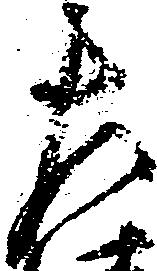
左